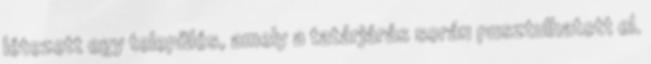
létezett egy település, amely a tatárjárás során pusztulhatott el.